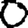
Digit: 0